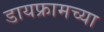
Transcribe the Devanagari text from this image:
डायफ्रामच्या